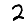
Digit: 2